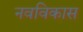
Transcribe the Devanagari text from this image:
नवविकास